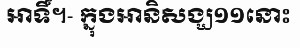
អាទិ៍។- ក្នុងអានិសង្ឃ១១នោះ